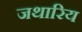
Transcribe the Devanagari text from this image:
जथारिय